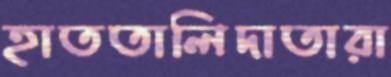
হাততালিদাতারা